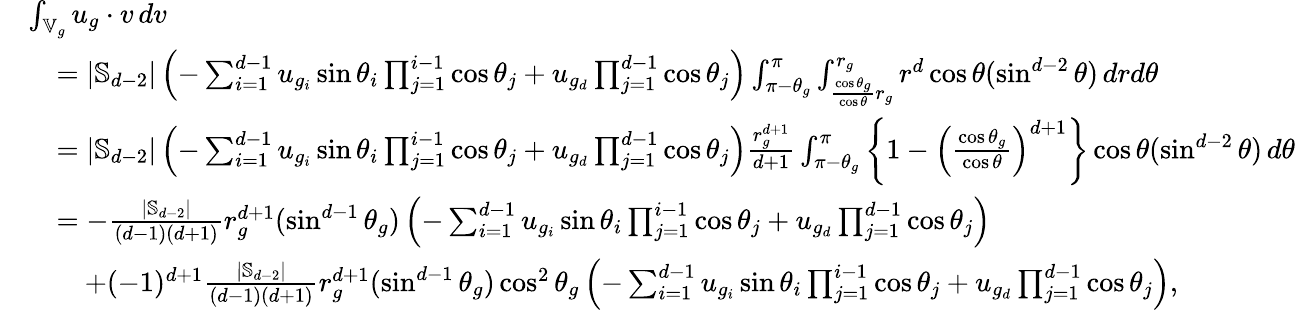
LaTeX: \begin{array}{rl}&{\int_{\mathbb{V}_{g}}u_{g}\cdot v\, dv}\\ &{\quad=|\mathbb{S}_{d-2}|\left(-\sum_{i=1}^{d-1}u_{g_{i}}\sin\theta_{i}\prod_{j=1}^{i-1}\cos\theta_{j}+u_{g_{d}}\prod_{j=1}^{d-1}\cos\theta_{j}\right)\int_{\pi-\theta_{g}}^{\pi}\int_{\frac{\cos\theta_{g}}{\cos\theta}r_{g}}^{r_{g}}r^{d}\cos\theta(\sin^{d-2}\theta)\, drd\theta}\\ &{\quad=|\mathbb{S}_{d-2}|\left(-\sum_{i=1}^{d-1}u_{g_{i}}\sin\theta_{i}\prod_{j=1}^{i-1}\cos\theta_{j}+u_{g_{d}}\prod_{j=1}^{d-1}\cos\theta_{j}\right)\frac{r_{g}^{d+1}}{d+1}\int_{\pi-\theta_{g}}^{\pi}\left\{ 1-\left(\frac{\cos\theta_{g}}{\cos\theta}\right)^{d+1}\right\} \cos\theta(\sin^{d-2}\theta)\, d\theta}\\ &{\quad=-\frac{|\mathbb{S}_{d-2}|}{(d-1)(d+1)}r_{g}^{d+1}(\sin^{d-1}\theta_{g})\left(-\sum_{i=1}^{d-1}u_{g_{i}}\sin\theta_{i}\prod_{j=1}^{i-1}\cos\theta_{j}+u_{g_{d}}\prod_{j=1}^{d-1}\cos\theta_{j}\right)}\\ &{\qquad+(-1)^{d+1}\frac{|\mathbb{S}_{d-2}|}{(d-1)(d+1)}r_{g}^{d+1}(\sin^{d-1}\theta_{g})\cos^{2}\theta_{g}\left(-\sum_{i=1}^{d-1}u_{g_{i}}\sin\theta_{i}\prod_{j=1}^{i-1}\cos\theta_{j}+u_{g_{d}}\prod_{j=1}^{d-1}\cos\theta_{j}\right),}\end{array}